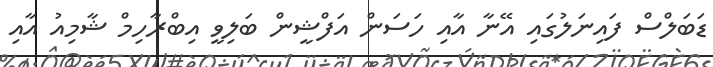
ޑަބަލްސް ފައިނަލުގައި އޭނާ އާއި ހަސަން އަފްޝީން ބަލިވީ އިބްރާހިމް ޝާމިއު އާއި